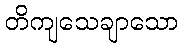
တိကျသေချာသော